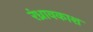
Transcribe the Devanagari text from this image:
रंध्रावकाश